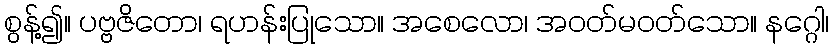
စွန့်၍။ ပဗ္ဗဇိတော၊ ရဟန်းပြုသော။ အစေလော၊ အဝတ်မဝတ်သော။ နဂ္ဂေါ၊